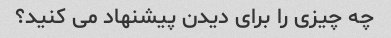
چه چیزی را برای دیدن پیشنهاد می کنید؟